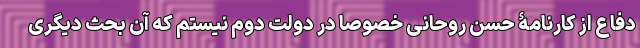
دفاع از کارنامۀ حسن روحانی خصوصا در دولت دوم نیستم که آن بحث دیگری